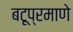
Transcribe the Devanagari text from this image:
बटूप्रमाणे